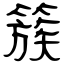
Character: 簇